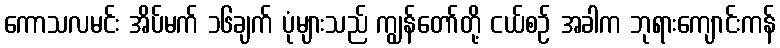
ကောသလမင်း အိပ်မက် ၁၆ချက် ပုံများသည် ကျွန်တော်တို့ ငယ်စဉ် အခါက ဘုရားကျောင်းကန်